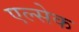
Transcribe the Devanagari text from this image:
एल्सेक